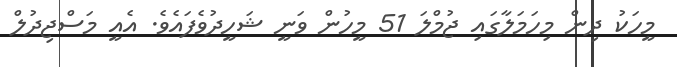
މީހަކު ދިން މިހަމަލާގައި ޖުމްލަ 51 މީހުން ވަނީ ޝަހީދުވެފައެވެ. އެއީ މަސްޖިދުލް